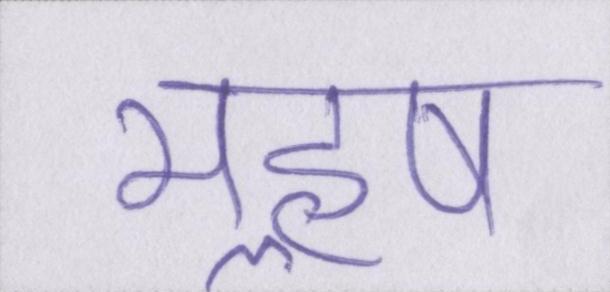
महॢष